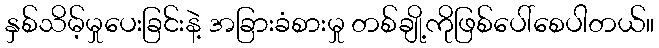
နှစ်သိမ့်မှုပေးခြင်းနဲ့ အခြားခံစားမှု တစ်ချို့ကိုဖြစ်ပေါ်စေပါတယ်။